Kassari_(Keina)_vallavalitsus, lk 70
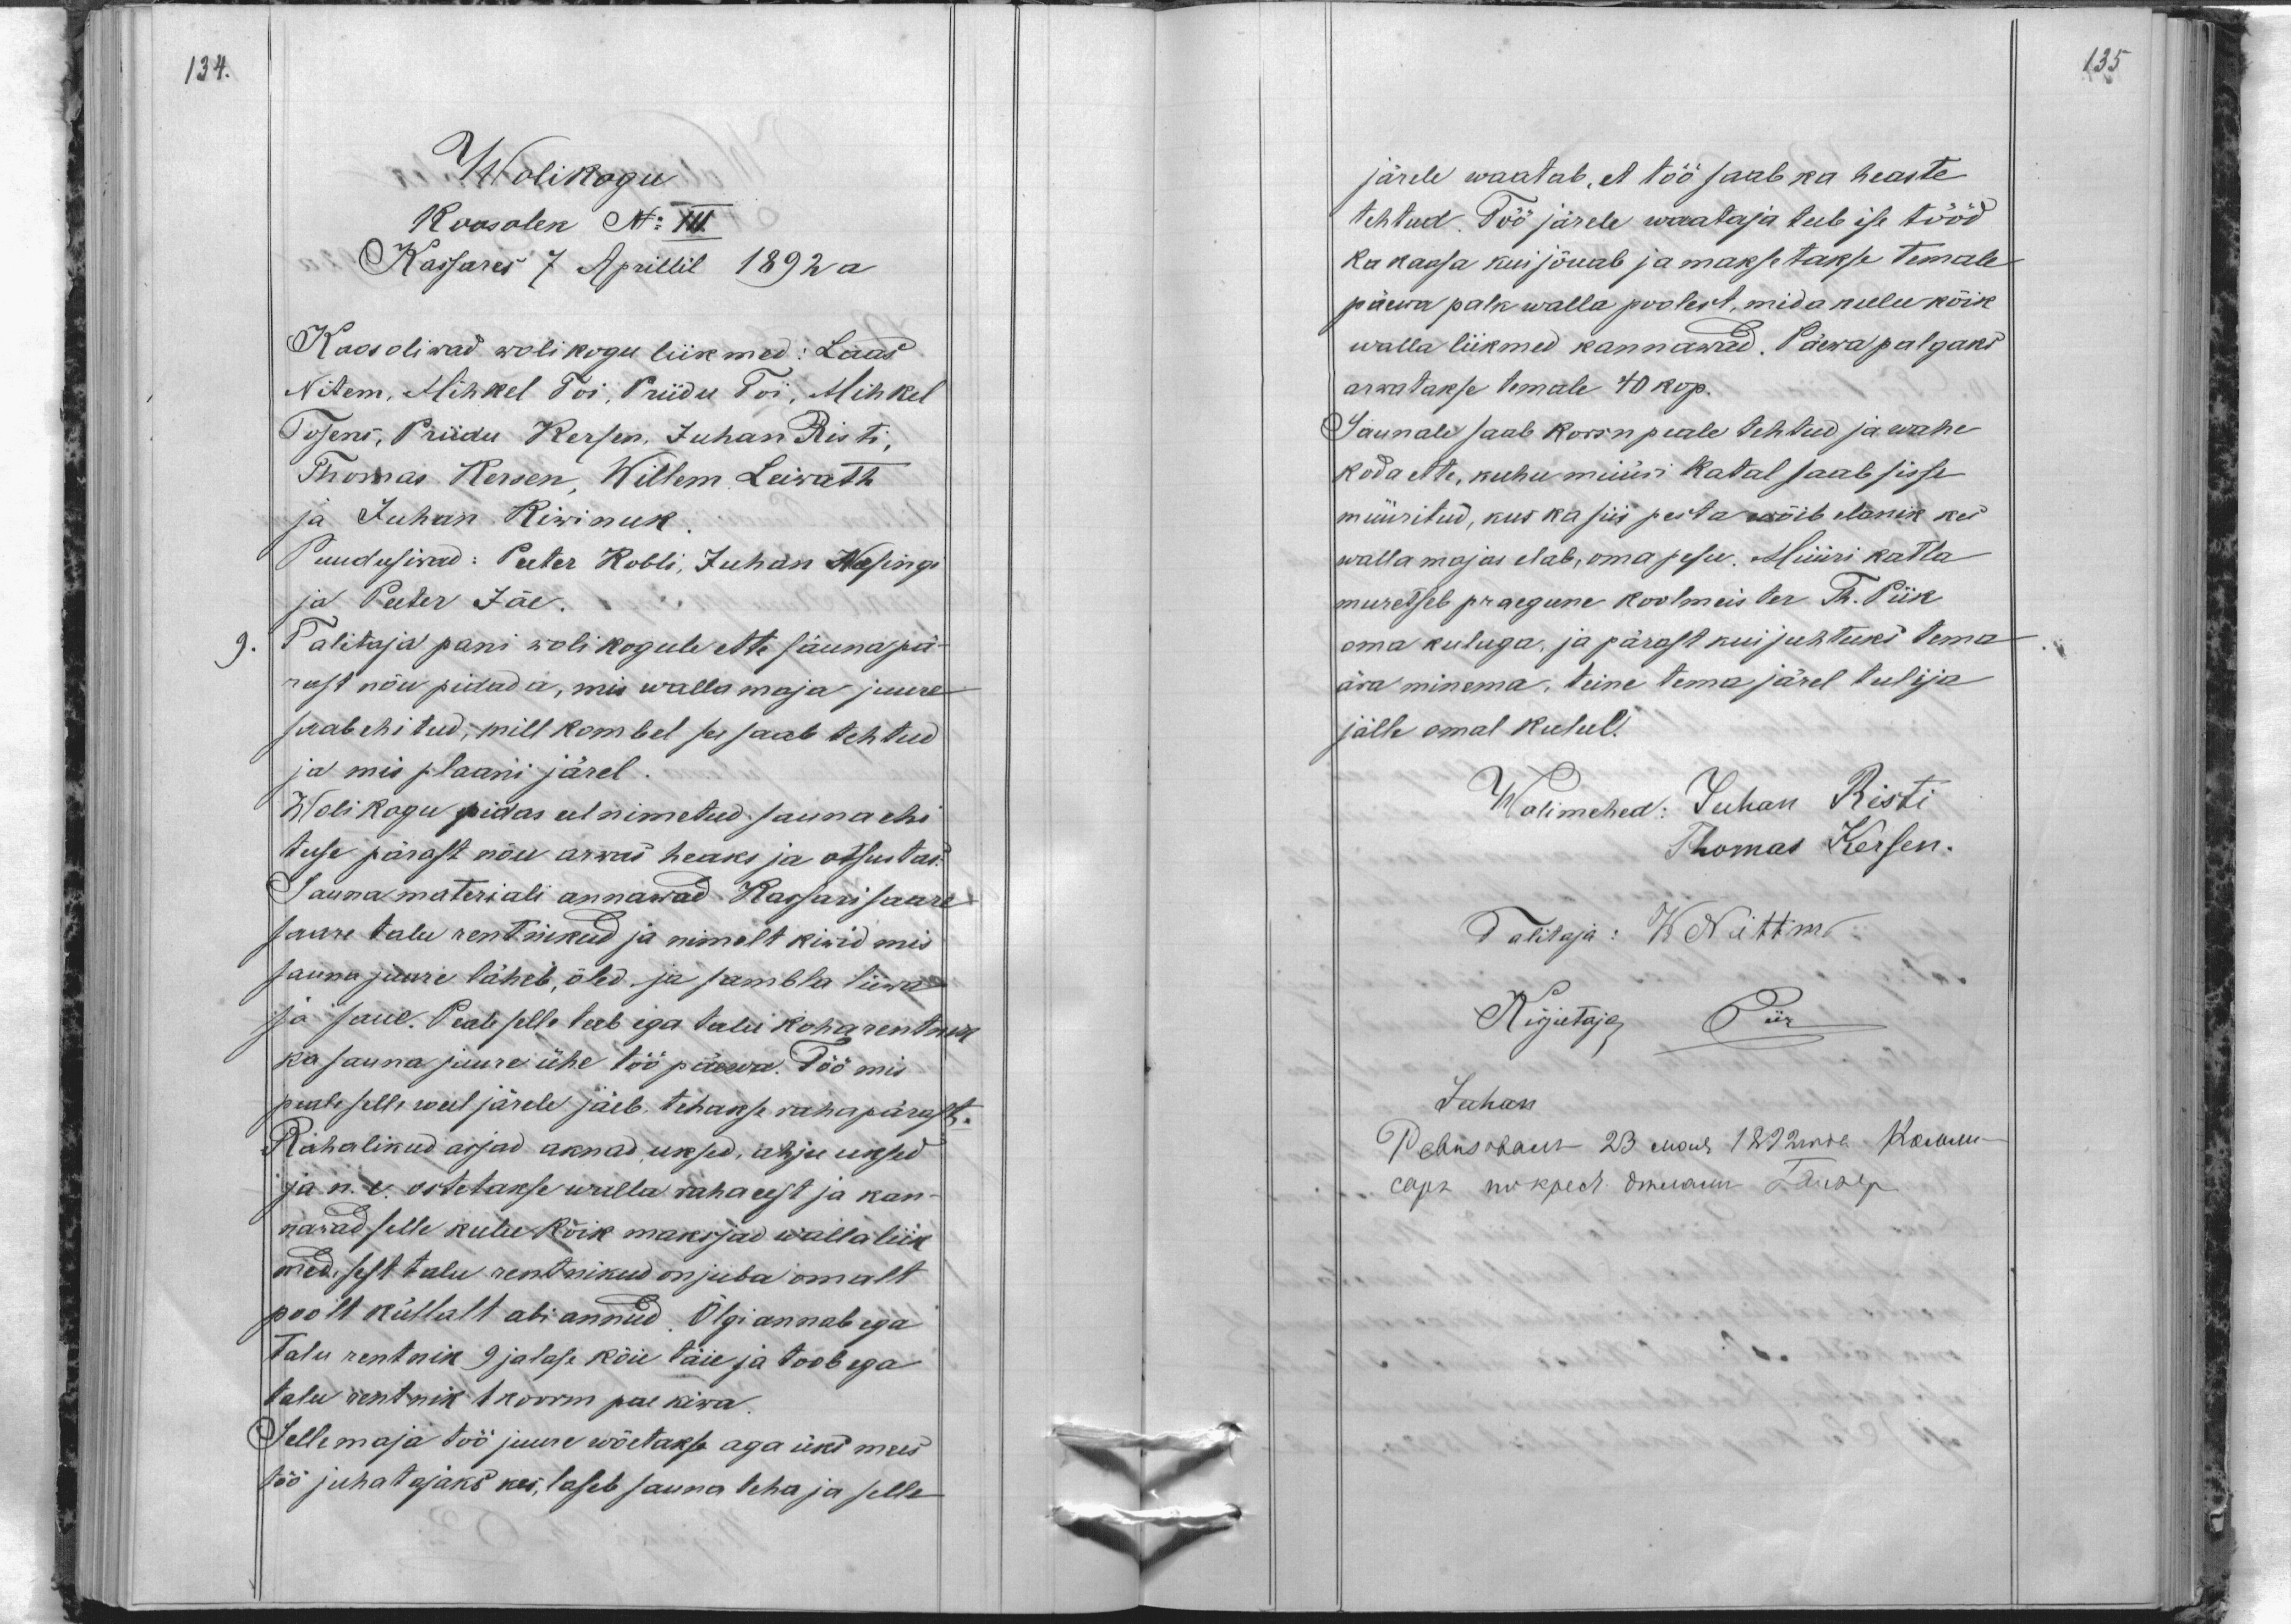
135

134.
Wolikogu
Koosolek No III
Kassares 7 Aprillil 1892 a
Koos oliwad wolikogu liikmed: Laas
Nitem, Mihkel Toi, Priidu Toi, Mihkel
Tosens, Priidu Kersen, Juhan Risti,
Thomas Kersen, Willem Leiwath
ja Juhan Kiwinuk.
Puudusiwad: Peeter Kobli, Juhan Wesingi
ja Peeter Jõe.
9.
Talitaja pani wolikogule ette sauna pä-
rast nõu pidada, mis walla maja juure
saab ehitud, mill kombel see saab tehtud
ja mis plaani järel
Woli kogu pidas eel nimetud sauna ehi
tuse pärast nõu arwas heaks ja otsustas:
Sauna materiali annawad Kassari saare
saare talu rentnikud ja nimelt kiwid mis
sauna juure läheb, õled ja sambla liiwa
ja saue. Peale selle teeb iga talu koharentnik
ka sauna juure ühe töö päewa. Töö mis
peale selle weel järele jäeb tehakse raha pärast.
Rahalikud asjad aknad uksed, ahju uksed
ja n. e. ostetakse walla raha eest ja kan-
nawad selle kulu kõik maksjad walla liik
med, sest talu rentnikud on juba omalt
poolt küllalt abi annud. Õlgi annab ega
Talu rentnik 9 jalase köie täie ja toob ega
talu rentnik 1 koorm pae kiwa,
Selle maja töö juure wõetakse aga üks mees
töö juhatajaks kes, laseb sauna teha ja selle

järele waatab, et töö saab ka heaste
tehtud. Töö järele waataja teeb ise tööd
ka kassa kui jõuab ja maksetakse temale
päewa palk walla poolest, mida kulu kõik
walla liikmed kannawad. Päewa palgaks
arwatakse temale 40 kop.
Saunale saab korsn peale tehtud ja wahe
koda ette, kuhu müüri katal saab sisse
müüritud, kus ka siis pesta wõib elanik kes
walla majas elab, oma pesu. Müüri katla
muretseb praegune koolmeister Th. Piik
oma kuluga, ja pärast kui juhtuks tema
ära minema, teine tema järel tulija
jälle omal kuhul.
Wolimehed: Juhan Risti
Thomas Kersen.
Talitaja: W. Nittm
Kirjutaja Piik
Juhan